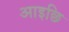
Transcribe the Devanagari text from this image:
आइछि